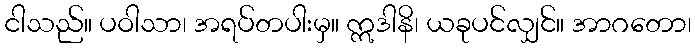
ငါသည်။ ပဝါသာ၊ အရပ်တပါးမှ။ ဣဒါနိ၊ ယခုပင်လျှင်။ အာဂတော၊